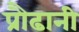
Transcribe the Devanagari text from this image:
प्रौढानी